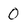
Character: 0